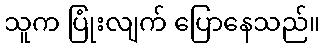
သူက ပြုံးလျက် ပြောနေသည်။